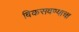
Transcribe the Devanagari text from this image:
विकसवण्याचा